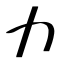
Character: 力